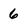
Character: 6